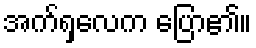
အက်ရှလေက ပြော၏။